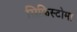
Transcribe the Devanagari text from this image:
सिफ़िस्टोमा